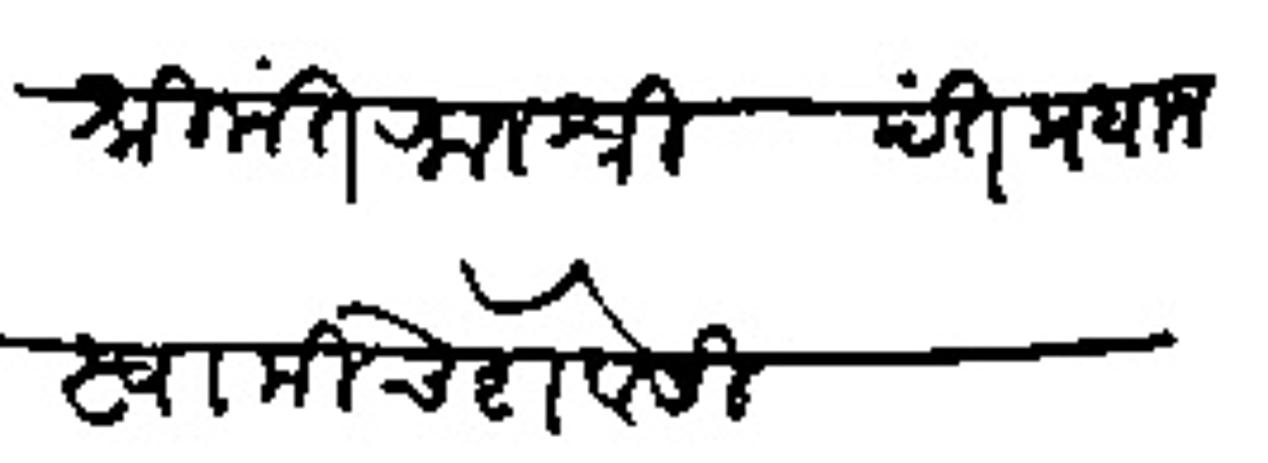
Transliteration (Devanagari): श्रीमंत राजश्री पंत प्रधान स्वामीचे शेवेसी